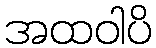
အထဝါပိ